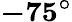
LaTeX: \boldsymbol{-75^{\circ}}